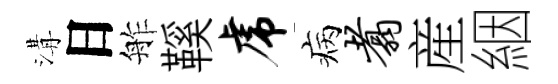
溝日舴鞵虎病翥産絪